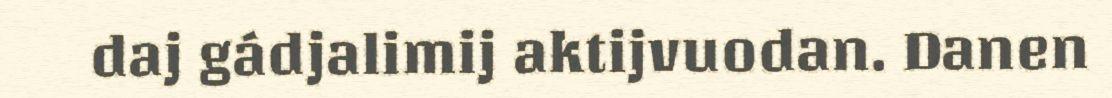
daj gádjalimij aktijvuodan. Danen